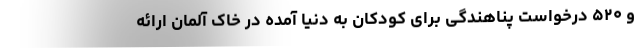
و ۵۲۰ درخواست پناهندگی برای کودکان به دنیا آمده در خاک آلمان ارائه